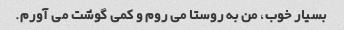
بسیار خوب، من به روستا می روم و کمی گوشت می آورم.